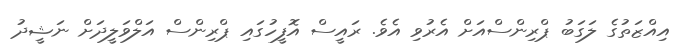
އިއްޒަތުގެ ލަގަބު ޕްރިންސްއަށް އެރުވި އެވެ. ރައީސް އޮފީހުގައި ޕްރިންސް އަލްވަލީދަށް ނަޝީދު